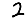
Digit: 2